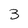
Character: 3